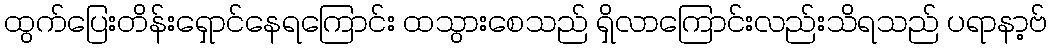
ထွက်ပြေးတိန်းရှောင်နေရကြောင်း ထသွားစေသည် ရှိလာကြောင်းလည်းသိရသည် ပရာနာ့ဗ်